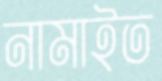
নামাইত